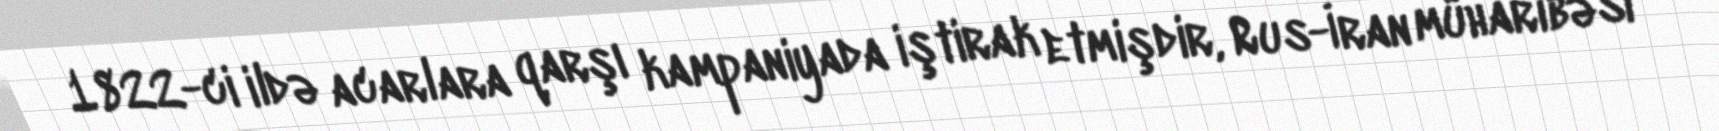
1822-ci ildə acarlara qarşı kampaniyada iştirak etmişdir, Rus-İran müharibəsi